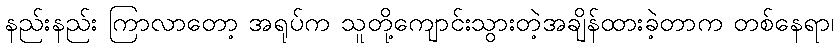
နည်းနည်း ကြာလာတော့ အရုပ်က သူတို့ကျောင်းသွားတဲ့အချိန်ထားခဲ့တာက တစ်နေရာ၊